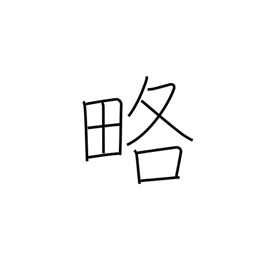
Meaning: outline